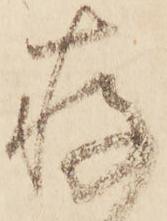
存